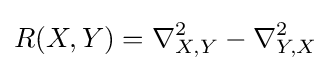
R(X,Y)=\nabla _{X,Y}^{2}-\nabla _{Y,X}^{2}